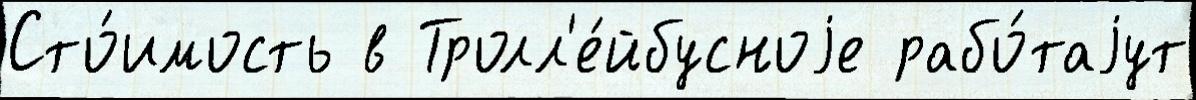
Сто́имость в Тролл'е́йбусноjе рабо́таjут